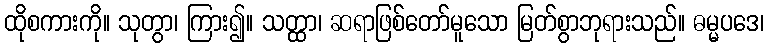
ထိုစကားကို။ သုတွာ၊ ကြား၍။ သတ္ထာ၊ ဆရာဖြစ်တော်မူသော မြတ်စွာဘုရားသည်။ ဓမ္မပဒေ၊